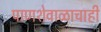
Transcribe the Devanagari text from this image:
पाणशेवाळाचाही